Subject: math
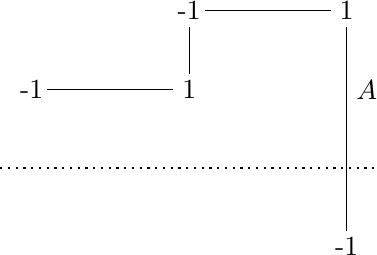
LaTeX code:
    \begin{tikzpicture}[scale=1]

        \node at (0,1) {-1};
        \node at (2,2) {-1};
        \node at (4,-1) {-1};
        \node at (4,2) {1};
        \node at (2,1) {1};

        \draw (0.2,1)--(1.8,1);
        \draw (2.2,2)--(3.8,2);
        \draw (2,1.2)--(2,1.8);
        \draw (4,-0.8)--(4,1.8);

        \draw[dotted, thick] (-0.4,0)--(4.4,0);

        \node [right] at (4,1) {$A$};

    \end{tikzpicture}